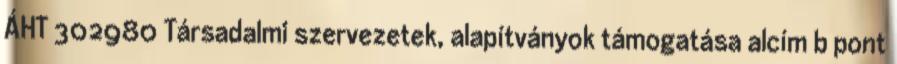
ÁHT 302980 Társadalmi szervezetek, alapítványok támogatása alcím b pont